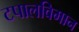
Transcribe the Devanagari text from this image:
टपालविमान